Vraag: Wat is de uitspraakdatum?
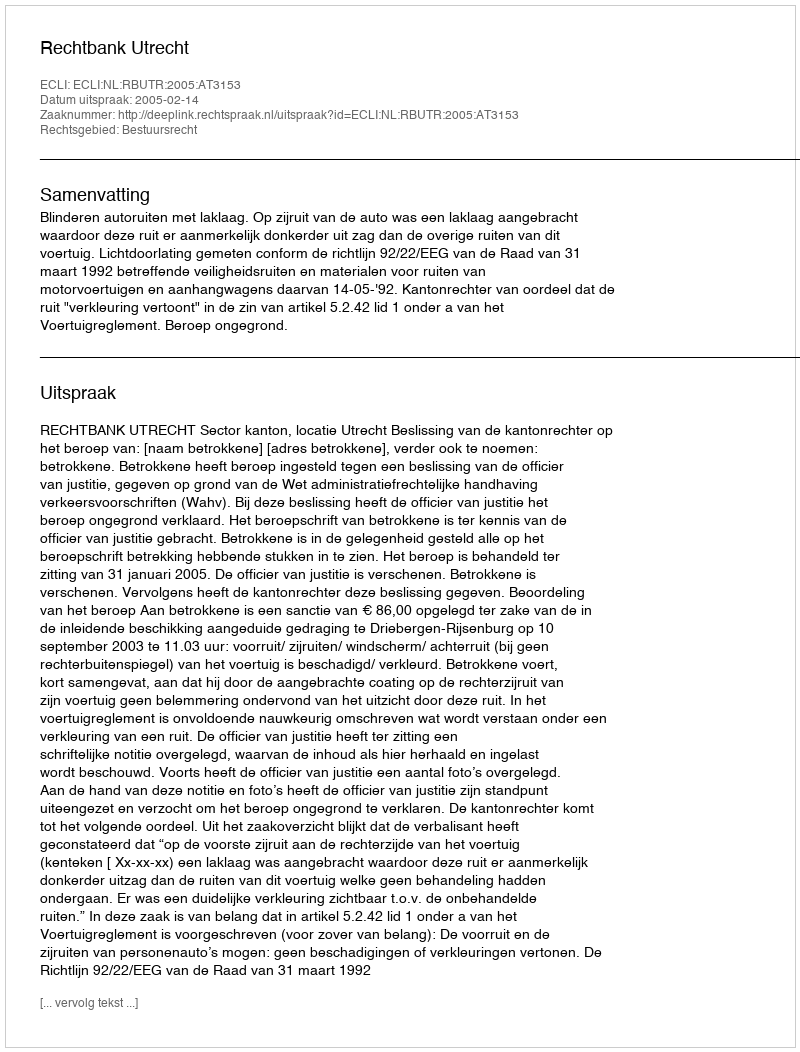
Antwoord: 2005-02-14